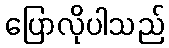
ပြောလိုပါသည်